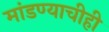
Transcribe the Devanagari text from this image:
मांडण्याचीही